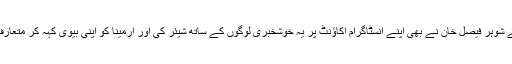
ارمینا کے شوہر فیصل خان نے بھی اپنے انسٹاگرام اکاؤنٹ پر یہ خوشخبری لوگوں کے ساتھ شیئر کی اور ارمینا کو اپنی بیوی کہہ کر متعارف کروایا۔